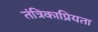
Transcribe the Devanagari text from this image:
तंत्रिकाप्रियता